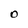
Character: O